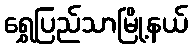
ရွှေပြည်သာမြို့နယ်